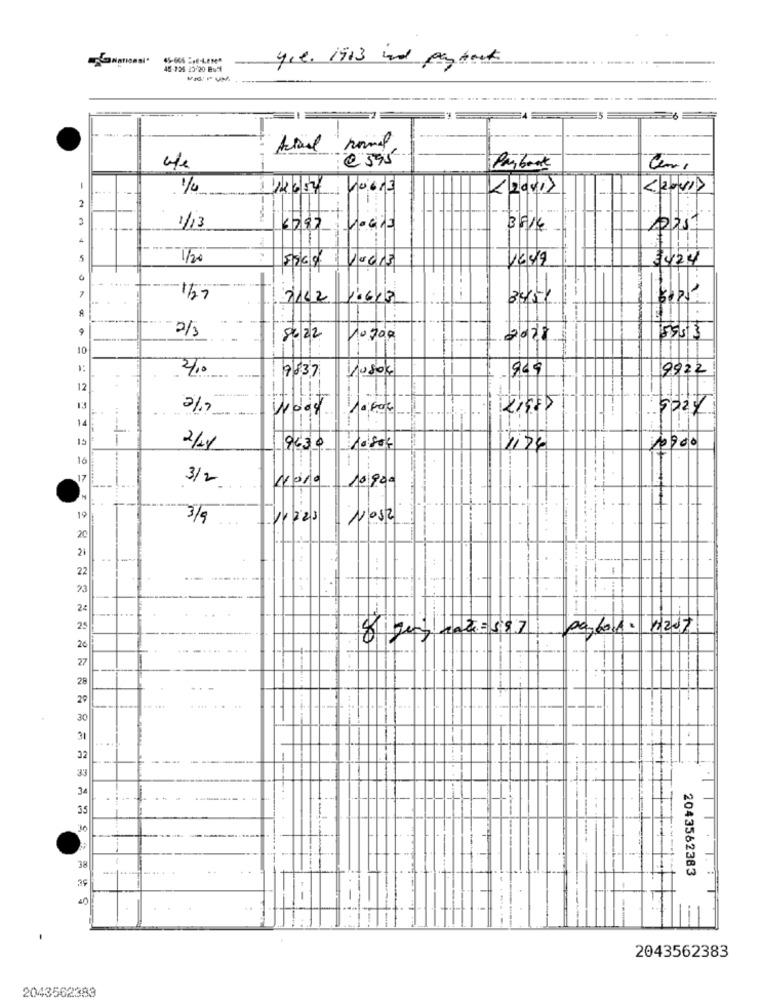
4.l. 1913 ind Payback
45 725 23/20 Bu71
--
Payboat
Cemi
-
1/4
<20x1>
< 2011>
2
1/13
3616
5
1/20
5964 10015
16 4/19
3424
--
127
2102 16613
A
9
8622
Hoz00
2028
10
Kusok
969
9922
410
7837
12
-
13
21.7
10000
14
1
15
9630
1124
1
1900
16
.17
3/2
Nora 10:900
---
1.1H
+
19
3/5
20
-
22
73
2ª
25
peloif. 1207
26
27
28
29
30
31
32
33
34
35
30
38
2043562383
3
2043562383
2043562383